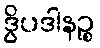
ဒွိပဒါနဉ္စ